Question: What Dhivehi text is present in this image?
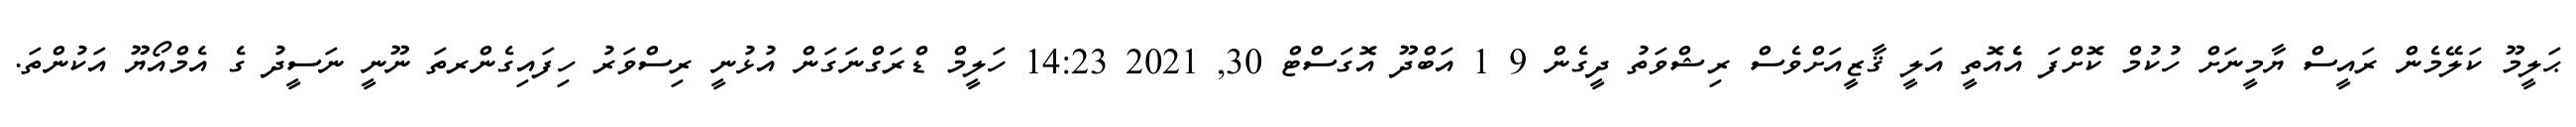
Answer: ޙަލީމޫ ކަލޭމެން ރައީސް ޔާމީނަށް ހުކުމް ކޮށްފަ އެެއޮތީ އަލީ ޤާޒީއަށްވެސް ރިޝްވަތު ދީގެން 9 1 އަބްދޫ އޮގަސްޓް 30, 2021 14:23 ހަލީމް ޑްރަގްނަގަން އުޅުނީ ރިސްވަރު ހިފައިގެންރތަ ނޫނީ ނަސީދު ގެ އެމްއޯޔޫ އަކުންތަ.